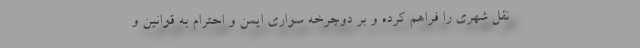
نقل شهری را فراهم کرده و بر دوچرخه سواری ایمن و احترام به قوانین و